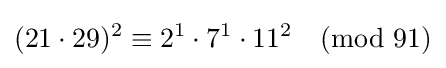
{(21\cdot 29)^{2}\equiv 2^{1}\cdot 7^{1}\cdot 11^{2}{\pmod {91}}}